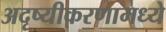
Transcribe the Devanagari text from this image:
अदृष्यीकरणामध्ये